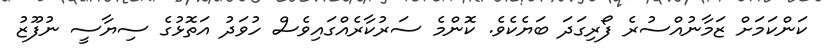
ކަންކަމަށް ޒަމާނުއްސުރެ ފޯރިގަދަ ބަޔެކެވެ. ކޮންމެ ސަރުކާރެއްގައިވެސް ހުވަދު އަތޮޅުގެ ސިޔާސީ ނުފޫޒު